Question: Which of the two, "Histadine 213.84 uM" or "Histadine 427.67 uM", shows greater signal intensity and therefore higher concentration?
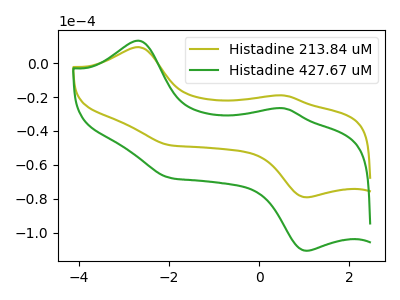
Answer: <think>The olive curve "Histadine 213.84 uM" has anodic peaks at (-2.65V, 9.50uA) (0.55V, -19.05uA) and cathodic peaks at (1.00V, -79.15uA) (-2.00V, -48.35uA). The green curve "Histadine 427.67 uM" has anodic peaks at (-2.65V, 13.30uA) (0.55V, -26.70uA) and cathodic peaks at (1.00V, -110.70uA) (-2.00V, -67.60uA).
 All the peaks in "Histadine 213.84 uM" have a peak in "Histadine 427.67 uM" at the same potential.</think>
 <answer>I cant tell if "Histadine 213.84 uM" or "Histadine 427.67 uM" has higher concentration.</answer>
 <eval>mixed_concentration</eval>